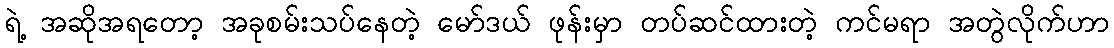
ရဲ့ အဆိုအရတော့ အခုစမ်းသပ်နေတဲ့ မော်ဒယ် ဖုန်းမှာ တပ်ဆင်ထားတဲ့ ကင်မရာ အတွဲလိုက်ဟာ